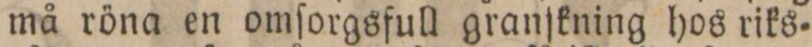
må röna en omſorgsfull granſkning hos riks=